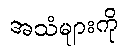
အသံများကို